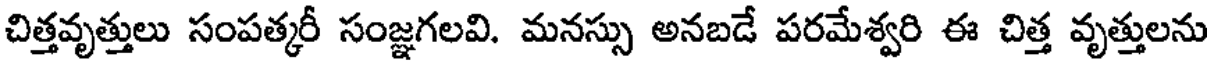
చిత్తవృత్తులు సంపత్కరీ సంజ్ఞగలవి. మనస్సు అనబడే పరమేశ్వరి ఈ చిత్త వృత్తులను